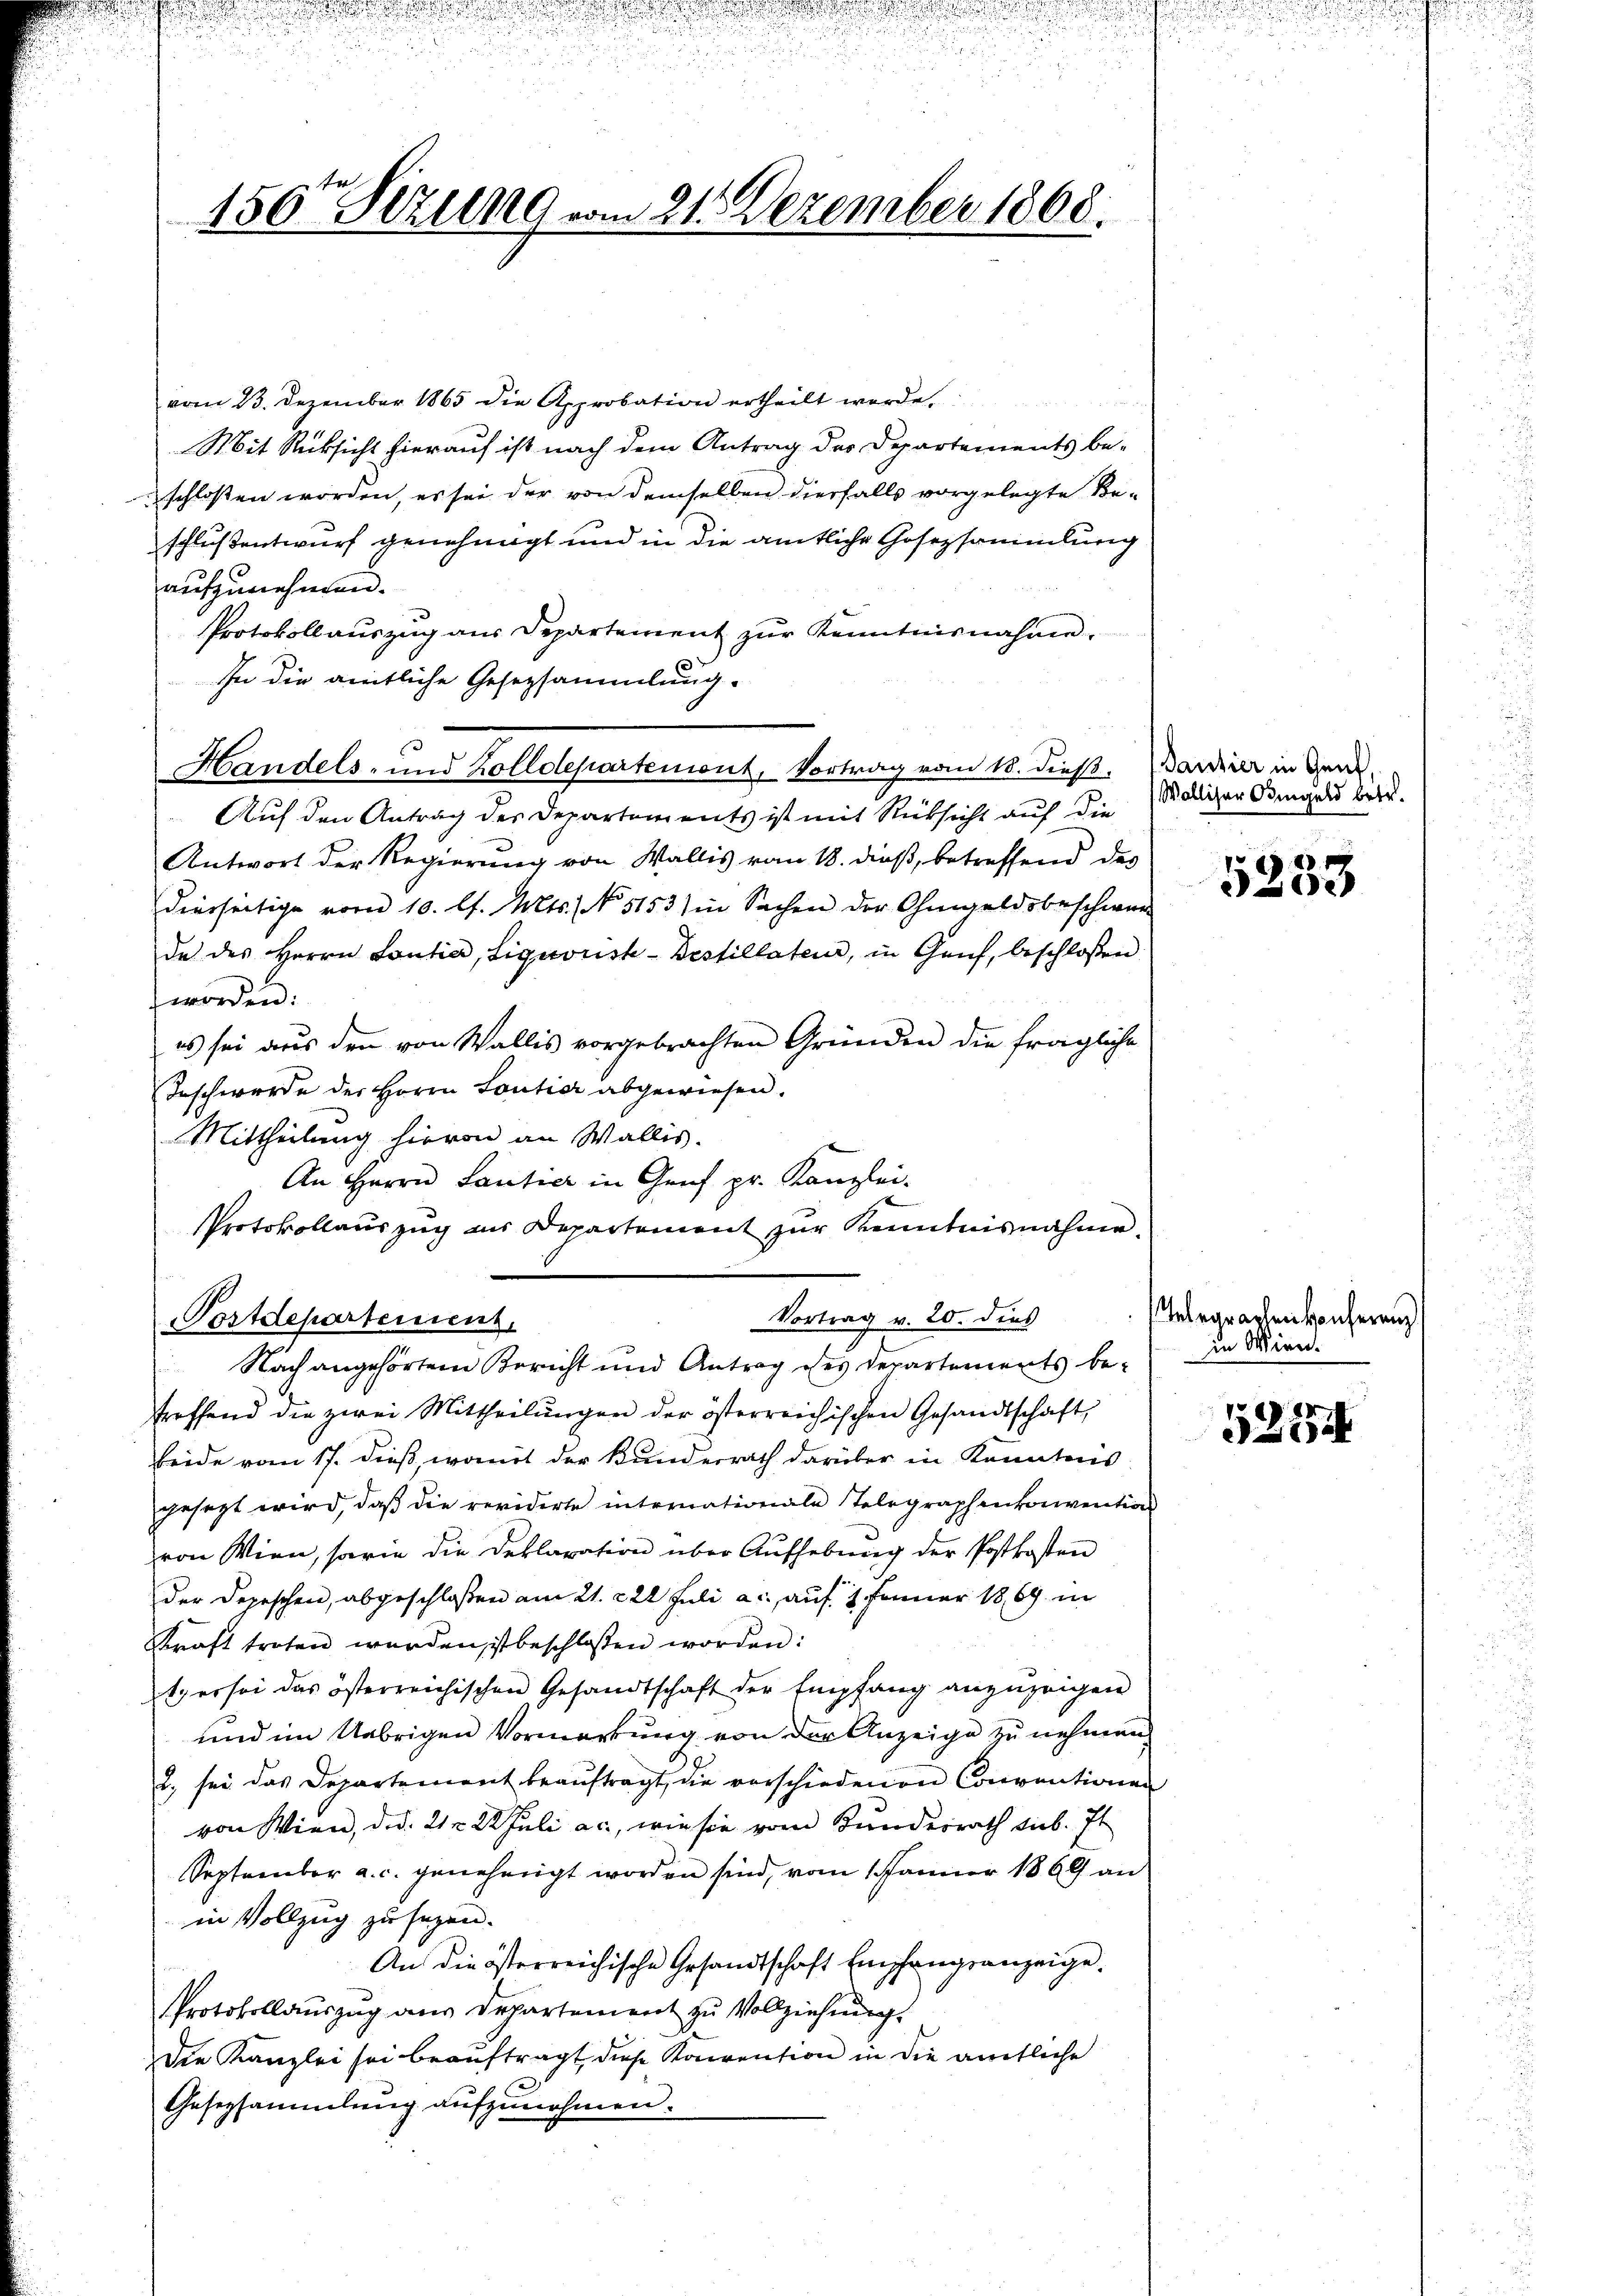
.

150 Sizung vom 21. Dezember 1868.

vom 23. Dezember 1865 die Approbation ertheilt werde.
Mit Rücksicht hierauf ist nach dem Antrag des Departements be-
schlossen worden, es sei der von demselben diesfalls vorgelegte Beschlußentwurf genehmigt und in die amtliche Gesezsammlung
aufzunehmen.
Protokollauszug aus Departement zŭr Kenntnisnahme.
In die amtliche Gesetzsammlung.
Handels- und Zolldepartemont, Vortrag vom 13. dieß.
Auf den Antrag des Departements ist mit Rücksicht auf die
Antwort der Regierung von Wallis vom 18. dieß, betreffend des
dierseitige vom 10. l. Mts. No 5153) in Sachen der Ohmgeldsbeschwer
de des Herrn Lontier, Lignorist-Bestillaten, in Genf, beschloßen
worden:
es sei aus den von Wallis vorgebrachten Gründen die fragliche
Teschwerde der Herrn Loutier abgewiesen.
Mittheilung hievon an Wallis.
An Herrn Lantier in Genf pr. Kanzlei-
treffend die zwei Mittheilungen der österreichischen Gesandtschaft,
beide vom 17. dieß, womit der Kunderrath darüber in Kenntnis
gesezt wird, daß die revidirte internationale Telegraphenkonvention
von Wien, sowie die Deklaration über Aufhebung der Postkosten
der Depeschen, abgeschloßen am 21. 22t Juli a. auf 1. Jenner 1869 in
Kraft treten werden ist beschlossen worden:
t er sei das österreichischen Gesandtschaft der Empfang anzuzeigen
und im Uebrigen Vormerkung von der Anzeige zu nehmen
2. sei das Departement beaŭftragt, die vorschiedenen Conventione
von Wien, d.d. 21 n 2. Juli ac., wie sie vom Bundesrath sub. It
September a. c. genehmigt worden sind, vom 1. Jänner 1869 an
in Vollzug zu sagen.
An die österreichische Gesandtschaft Empfangsanzeige.
Protokollauszug aus Departement zu Vollziehung.
Die Kanzlei sei beauftragt diese Konvention in die amtliche
Gesezsammlung aufzunehmen.

Protokollauszug aus Departement zur Kenntnisnahme.
Vortrag v. 20. dies
Postdepartement
Nach angehörten Bericht und Antrag des Departements be-

n
u

Dantier in Genf,
Walliser Dingeld betr.

5233

Telegraphen konferen
in Wien.

52254